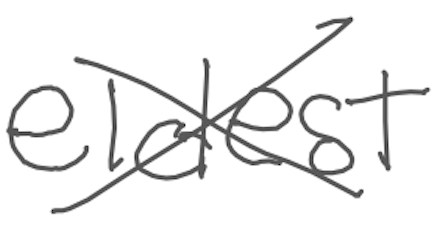
Text: eldest
Cross-out: cross
Writing tool: digital_gray